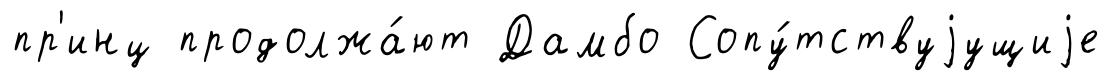
пр'инц продолжа́ют Дамбо Сопу́тствуjущиjе